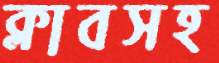
ক্লাবসহ